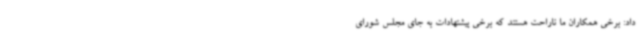
داد: برخی همکاران ما ناراحت هستند که برخی پیشنهادات به جای مجلس شورای